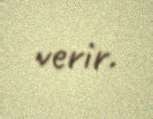
verir.